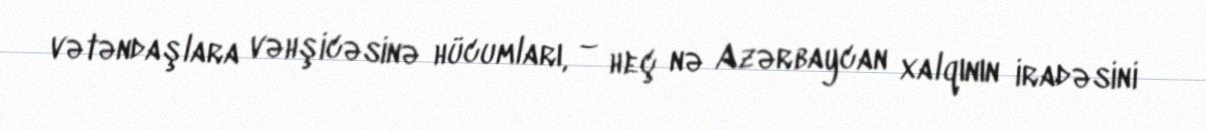
vətəndaşlara vəhşicəsinə hücumları, – heç nə Azərbaycan xalqının iradəsini